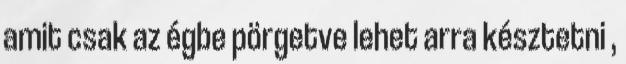
amit csak az égbe pörgetve lehet arra késztetni ,